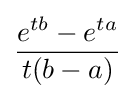
{\frac {e^{tb}-e^{ta}}{t(b-a)}}